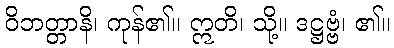
ဝိဘတ္တာနိ၊ ကုန်၏။ ဣတိ၊ သို့။ ဒဋ္ဌဗ္ဗံ၊ ၏။